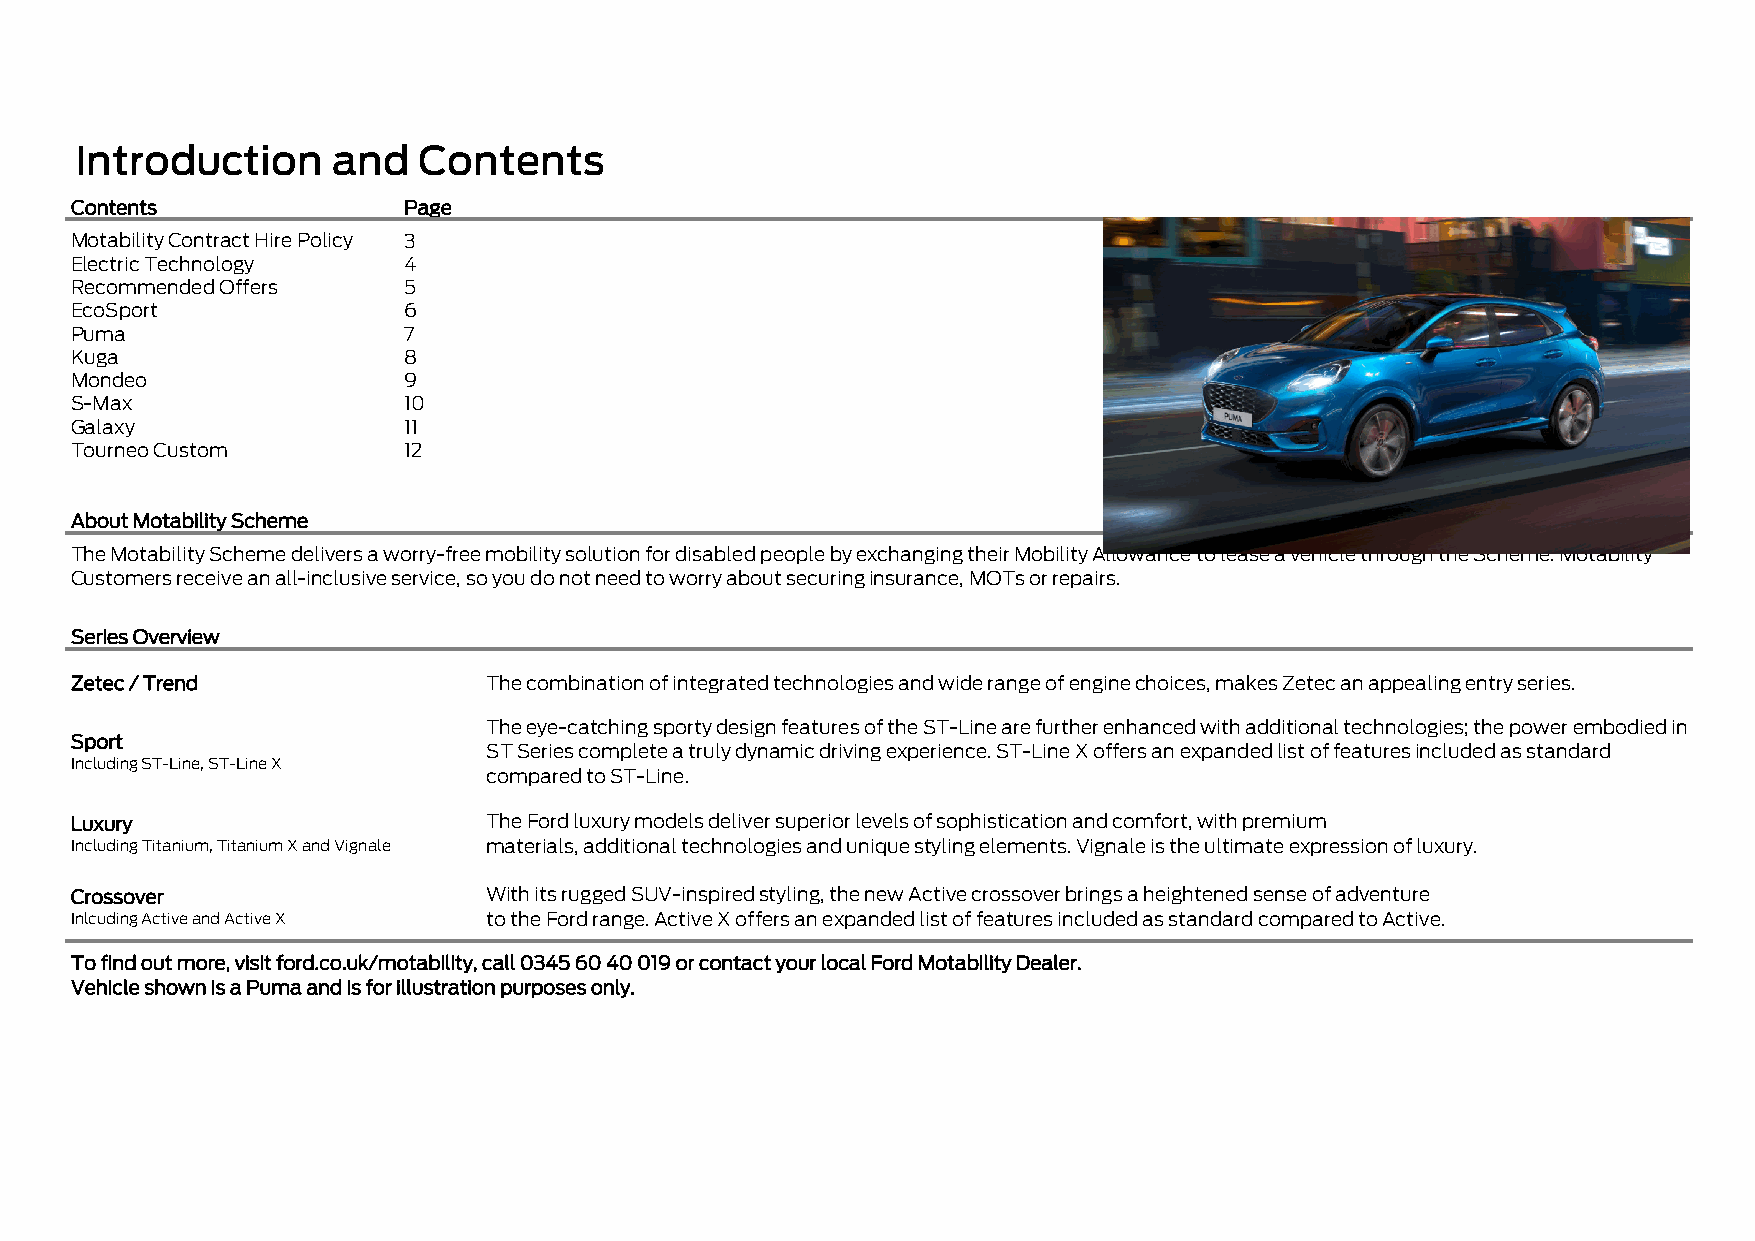
Introduction     and   Contents
 Contents              Page
 Motability Contract Hire Policy 3
 Electric Technology   4
 Recommended Offers    5
 EcoSport              6
 Puma                  7
 Kuga                  8
 Mondeo                9
 S-Max                 10
 Galaxy                11
 Tourneo Custom        12
 About Motability Scheme
 The Motability Scheme delivers a worry-free mobility solution for disabled people by exchanging their Mobility Allowance to lease a vehicle through the Scheme. Motability
 Customers receive an all-inclusive service, so you do not need to worry about securing insurance, MOTs or repairs.
 Series Overview
 Zetec / Trend              The combination of integrated technologies and wide range of engine choices, makes Zetec an appealing entry series.
 The eye-catching sporty design features of the ST-Line are further enhanced with additional technologies; the power embodied in
 Sport
 ST Series complete a truly dynamic driving experience. ST-Line X offers an expanded list of features included as standard
 Including ST-Line, ST-Line X
 compared to ST-Line.
 Luxury                     The Ford luxury models deliver superior levels of sophistication and comfort, with premium
 Including Titanium, Titanium X and Vignale materials, additional technologies and unique styling elements. Vignale is the ultimate expression of luxury.
 Crossover                  With its rugged SUV-inspired styling, the new Active crossover brings a heightened sense of adventure
 Inlcuding Active and Active X to the Ford range. Active X offers an expanded list of features included as standard compared to Active.
 To find out more, visit ford.co.uk/motability, call 0345 60 40 019 or contact your local Ford Motability Dealer.
 Vehicle shown is a Puma and is for illustration purposes only.